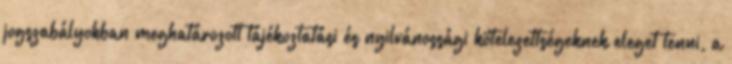
jogszabályokban meghatározott tájékoztatási és nyilvánossági kötelezettségeknek eleget tenni, a